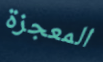
المعجزة